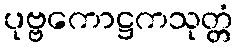
ပုဗ္ဗကောဋ္ဌကသုတ္တံ